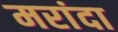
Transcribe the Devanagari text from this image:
मरांदा